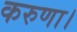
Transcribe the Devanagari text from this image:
करुणा।